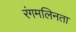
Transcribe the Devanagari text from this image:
रंगमलिनता